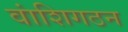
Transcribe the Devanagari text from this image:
वांशिगठन